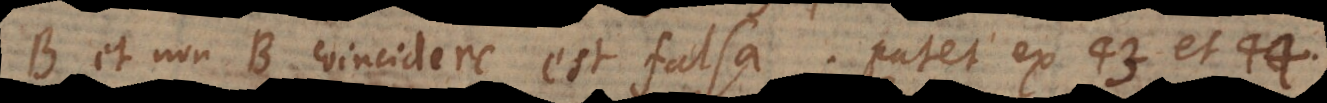
B et non‐B coincidere est falsa. Patet ex 43 et 44.